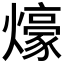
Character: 𤐶